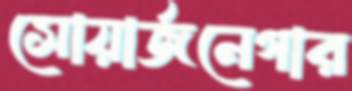
সোয়ার্জনেগার